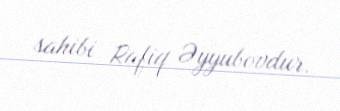
sahibi Rafiq Əyyubovdur.